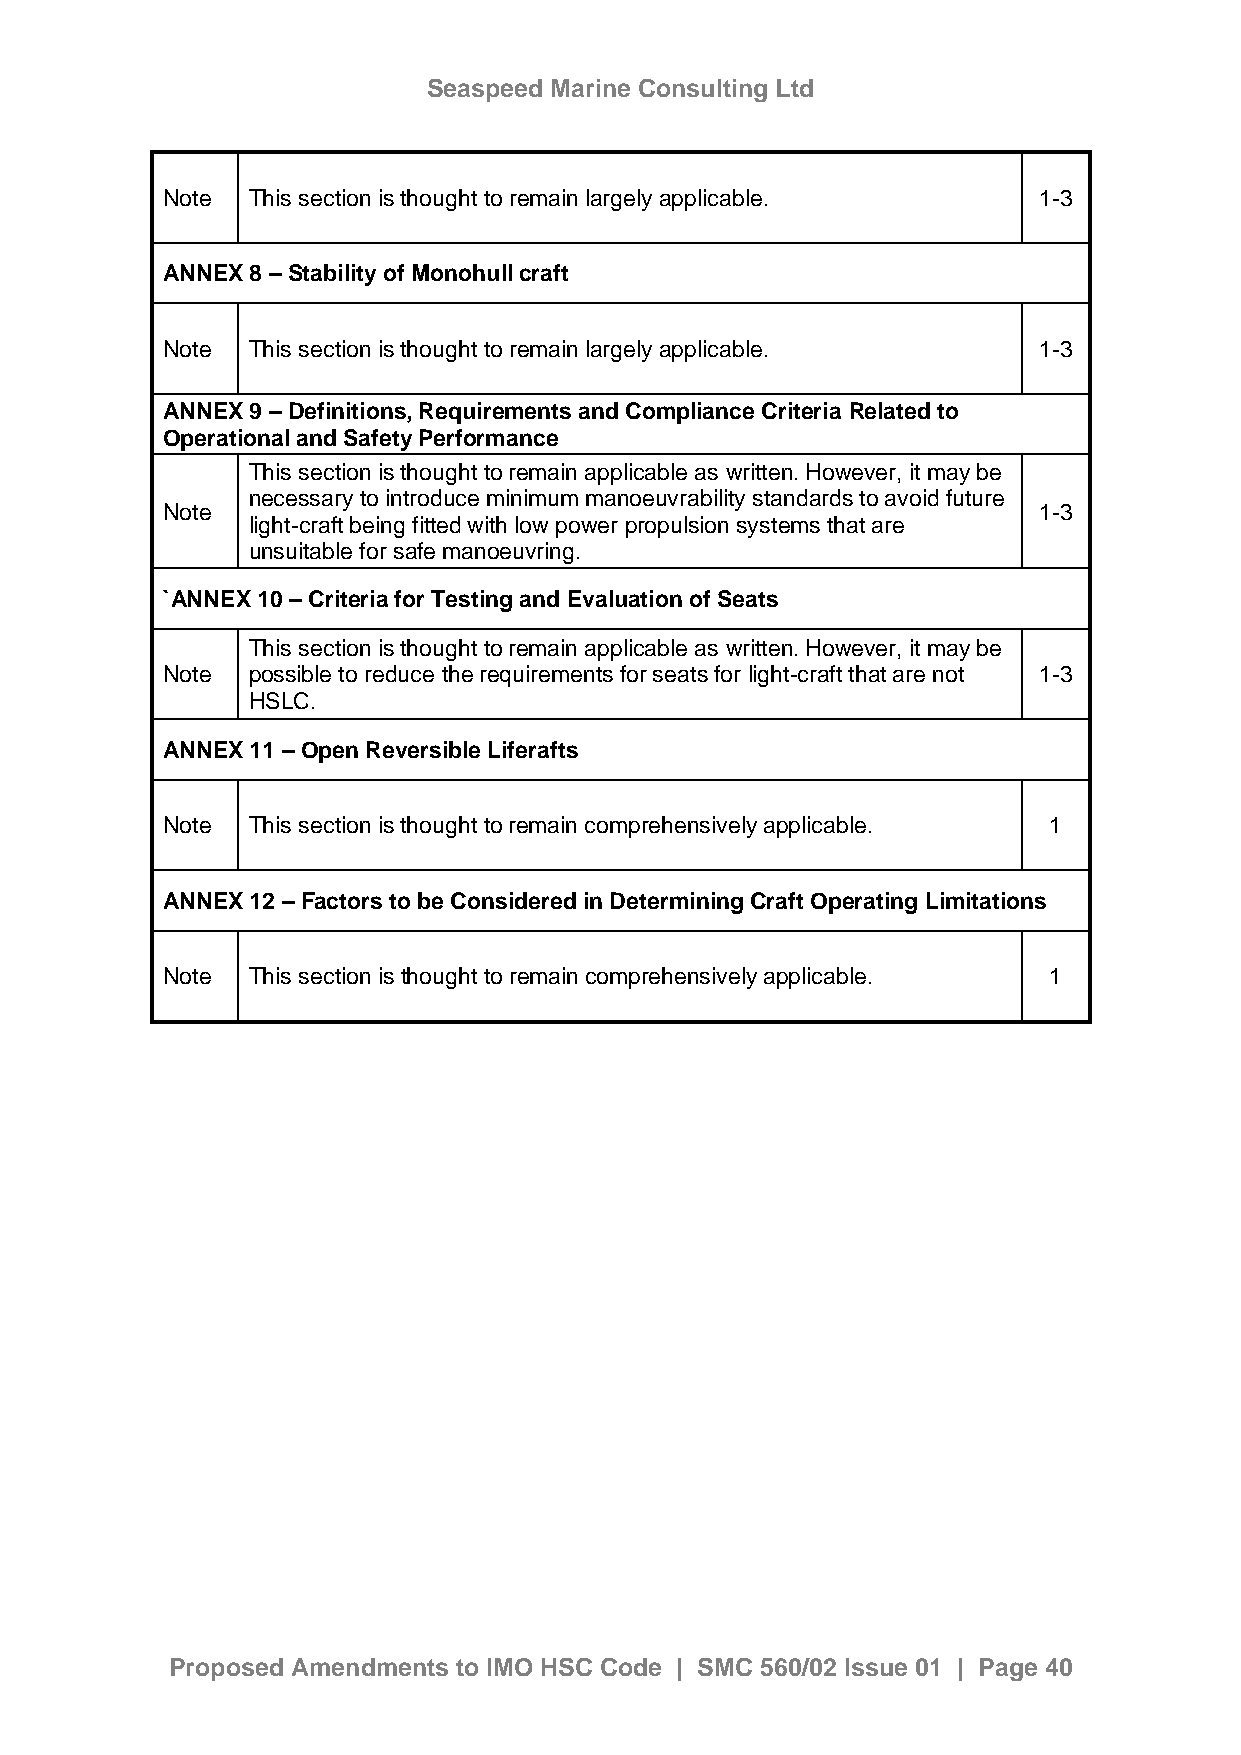
Seaspeed Marine Consulting Ltd
 Note This section is thought to remain largely applicable. 1-3
 ANNEX 8 – Stability of Monohull craft
 Note This section is thought to remain largely applicable. 1-3
 ANNEX 9 – Definitions, Requirements and Compliance Criteria Related to
 Operational and Safety Performance
 This section is thought to remain applicable as written. However, it may be
 necessary to introduce minimum manoeuvrability standards to avoid future
 Note                                                      1-3
 light-craft being fitted with low power propulsion systems that are
 unsuitable for safe manoeuvring.
 `ANNEX 10 – Criteria for Testing and Evaluation of Seats
 This section is thought to remain applicable as written. However, it may be
 Note possible to reduce the requirements for seats for light-craft that are not 1-3
 HSLC.
 ANNEX 11 – Open Reversible Liferafts
 Note This section is thought to remain comprehensively applicable. 1
 ANNEX 12 – Factors to be Considered in Determining Craft Operating Limitations
 Note This section is thought to remain comprehensively applicable. 1
 Proposed Amendments to IMO HSC Code | SMC 560/02 Issue 01 | Page 40